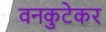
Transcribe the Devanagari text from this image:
वनकुटेकर